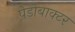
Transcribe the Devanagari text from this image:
पेडोबाक्टर